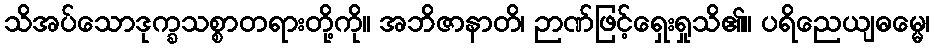
သိအပ်သောဒုက္ခသစ္စာတရားတို့ကို။ အဘိဇာနာတိ၊ ဉာဏ်ဖြင့်ရှေးရှုသိ၏။ ပရိညေယျဓမ္မေ၊